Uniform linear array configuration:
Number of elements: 64
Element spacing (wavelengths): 0.5
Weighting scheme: binomial
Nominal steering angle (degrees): -30
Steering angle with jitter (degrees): -30.634
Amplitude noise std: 0.05
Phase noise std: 0.05

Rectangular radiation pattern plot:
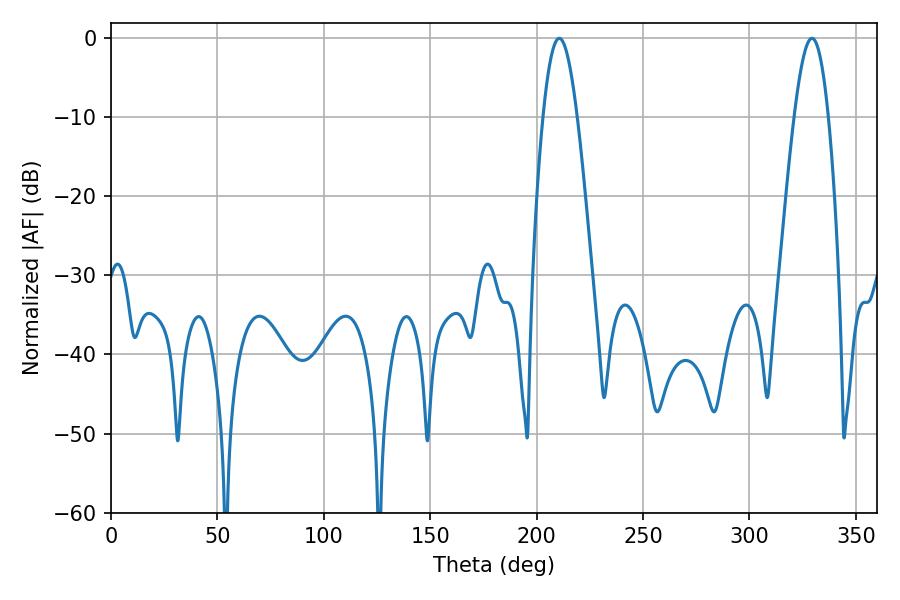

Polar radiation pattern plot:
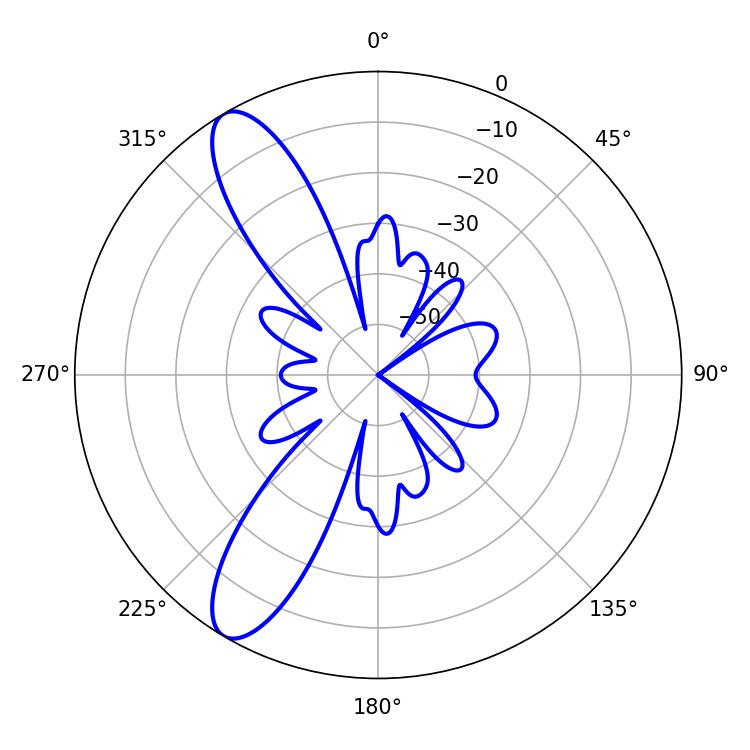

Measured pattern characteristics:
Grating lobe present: FALSE
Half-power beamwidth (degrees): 8.64
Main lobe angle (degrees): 210.6